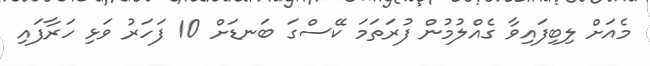
މެއަށް ލިބިފައިވާ ގެއްލުމުން ފުރަތަމަ ކޭސްގަ ބަނޑަށް 10 ފަހަރު ވަޅި ހަރާފައި